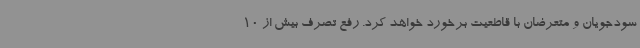
سودجویان و متعرضان با قاطعیت برخورد خواهد کرد. رفع تصرف بیش از 10